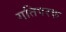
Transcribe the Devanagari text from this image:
गतिपरक